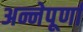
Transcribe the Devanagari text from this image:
अन्नेपूर्णा